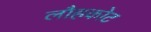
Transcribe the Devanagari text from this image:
लौहकोट